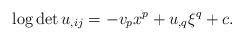
LaTeX: \begin{align*} \log\det u_{,ij}=-v_px^p+u_{,q}\xi^q+c. \end{align*}